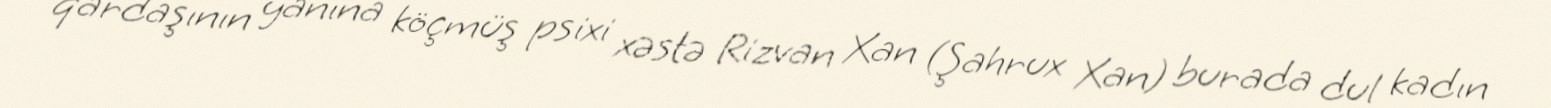
qardaşının yanına köçmüş psixi xəstə Rizvan Xan (Şahrux Xan) burada dul kadın